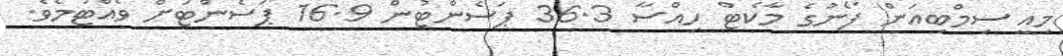
މިއީ ސިމްބިއަން ފޯނުގެ މާކެޓް ހިއްސާ 36.3 ޕަސެންޓުން 16.9 ޕަސެންޓަށް ވެއްޓުމެވެ.